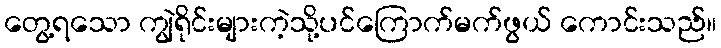
တွေ့ရသော ကျွဲရိုင်းများကဲ့သို့ပင်ကြောက်မက်ဖွယ် ကောင်းသည်။